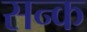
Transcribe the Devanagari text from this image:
सन्क